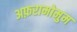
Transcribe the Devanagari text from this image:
अफ़रामोमुम